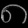
Digit: ၈